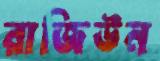
রাজিউন